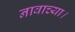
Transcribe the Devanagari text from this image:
नावाच्या।